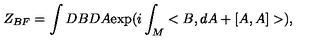
Z _ { B F } = \int D B D A \mathrm { e x p } ( i \int _ { M } < B , d A + [ A , A ] > ) ,